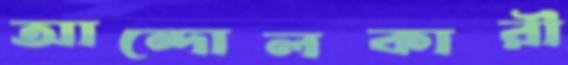
আন্দোলকারী